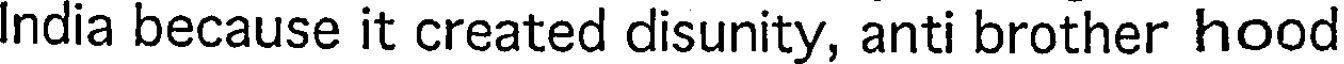
India because it created disunity, anti brother hood